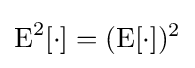
\operatorname {E} ^{2}[\cdot ]=(\operatorname {E} [\cdot ])^{2}